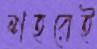
শহরেই